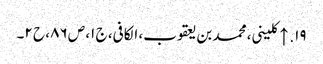
۱۹. ↑ کلینی، محمد بن یعقوب، الکافی، ج ۱، ص ۸۶، ح ۲۔